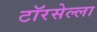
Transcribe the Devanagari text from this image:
टॉरसेल्ला